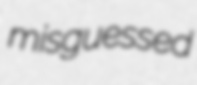
misguessed